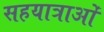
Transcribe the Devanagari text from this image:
सहयात्राओं